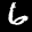
Label: 6